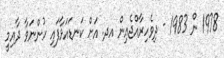
1978 ން 1983 - ދިވެހިރާއްޖެއިން އދ. އަށް ކަނޑައަޅާފައި ހުންނަވާ ދާއިމީ